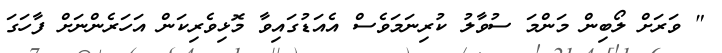
" ވަރަށް ލޯބިން މަންމަ ސުވާލު ކުރިނަމަވެސް އެއަޑުގައިވާ މޮޅިވެރިކަން އަހަރެންނަށް ފާހަގަ